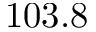
1 0 3 . 8